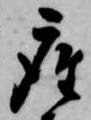
座